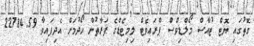
ގޮތުގައި ޔޮޓް ޓުއާސް މޯލްޑިވްސް ޕްރައިވެޓް ލިމިޓެޑްގެ ފަރާތުން ހޯދުމަށް އެދިފައިވާ 22784.59